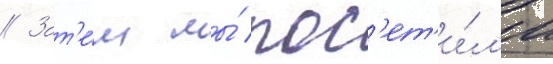
// Зат'е́м мы́ пос'ет'и́л'и